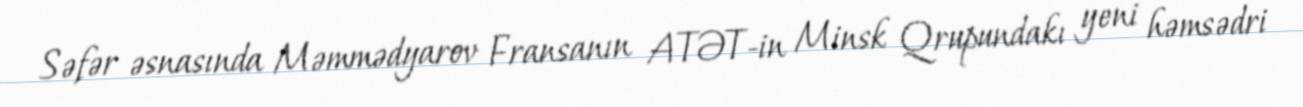
Səfər əsnasında Məmmədyarov Fransanın ATƏT-in Minsk Qrupundakı yeni həmsədri